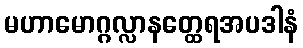
မဟာမောဂ္ဂလ္လာနတ္ထေရအပဒါနံ